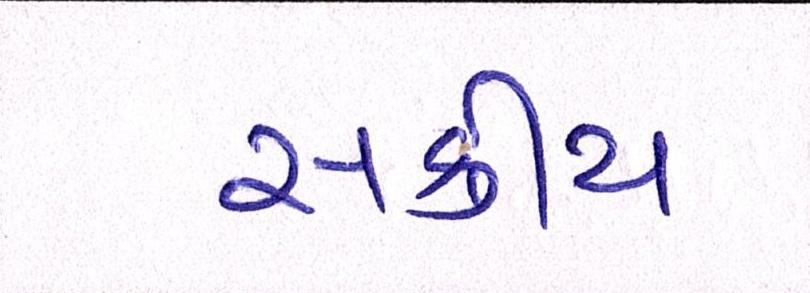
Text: સક્રીય